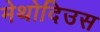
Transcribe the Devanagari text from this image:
मेथोदिउस